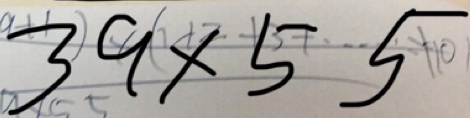
3 9 \times 5 5